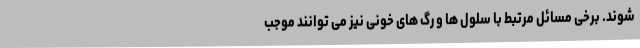
شوند. برخی مسائل مرتبط با سلول ها و رگ های خونی نیز می توانند موجب